Plague in India, 1896, 1897 - Volume 2
Year: 1896
Disease focus: Plague
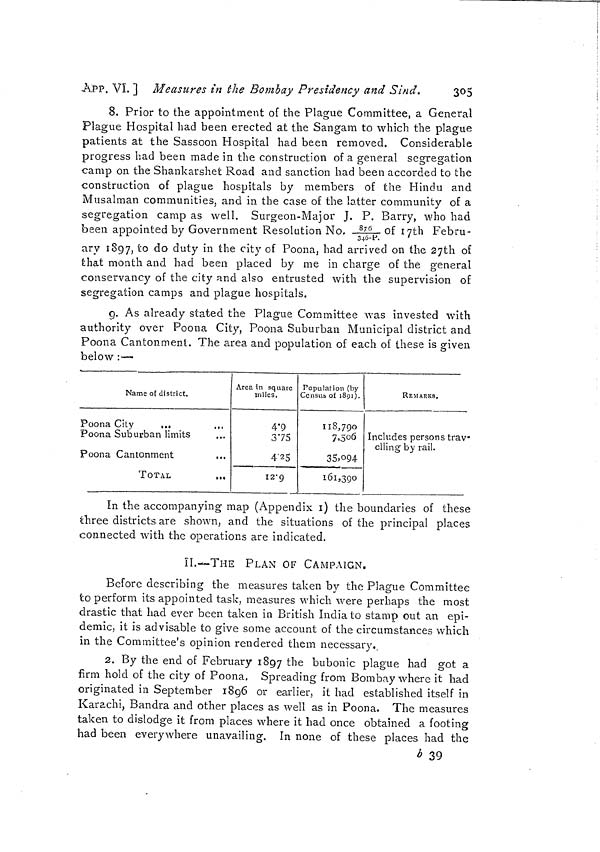
APP. VI. ] Measures in the Bombay Presidency and Sind.
305
8. Prior to the appointment of the Plague Committee, a General
Plague Hospital had been erected at the Sangam to which the plague
patients at the Sassoon Hospital had been removed. Considerable
progress had been made in the construction of a general segregation
camp on the Shankarshet Road and sanction had been accorded to the
construction of plague hospitals by members of the Hindu and
Musalman communities, and in the case of the latter community of a
segregation camp as well. Surgeon-Major J. P. Barry, who had
been appointed by Government Resolution No. 876/346-P. of 17th Febru-
ary 1897, to do duty in the city of Poona, had arrived on the 27th of
that month and had been placed by me in charge of the general
conservancy of the city and also entrusted with the supervision of
segregation camps and plague hospitals.
9. As already stated the Plague Committee was invested with
authority over Poona City, Poona Suburban Municipal district and
Poona Cantonment. The area and population of each of these is given
below :-—
Name of district.
Poona City
...
...
Poona Suburban limits
Poona Cantonment
...
TOTAL
Area in square
miles.
4'9
375
4'25
I2'9
Population (by
Census of 1891).
118,790
7.506
35,094
161,390
REMARKS.
Includes persons trav-
elling by rail.
In the accompanying map (Appendix 1) the boundaries of these
three districts are shown, and the situations of the principal places
connected with the operations are indicated.
II.—THE PLAN OF CAMPAIGN.
Before describing the measures taken by the Plague Committee
to perform its appointed task, measures which were perhaps the most
drastic that had ever been taken in British India to stamp out an epi-
demic, it is advisable to give some account of the circumstances which
in the Committee's opinion rendered them necessary.
2. By the end of February 1897 the bubonic plague had got a
firm hold of the city of Poona. Spreading from Bombay where it had
originated in September 1896 or earlier, it had established itself in
Karachi, Bandra and other places as well as in Poona. The measures
taken to dislodge it from places where it had once obtained a footing
had been everywhere unavailing. In none of these places had the
b 39